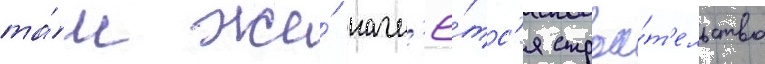
та́м же́ начн'ё́тс'я строи́т'ельство